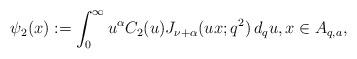
LaTeX: \begin{align*}\psi_2(x):=\int_0^\infty u^\alpha C_2(u) J_{\nu+\alpha}(ux; q^2)\,d_qu, x \in A_{q,a}, \end{align*}